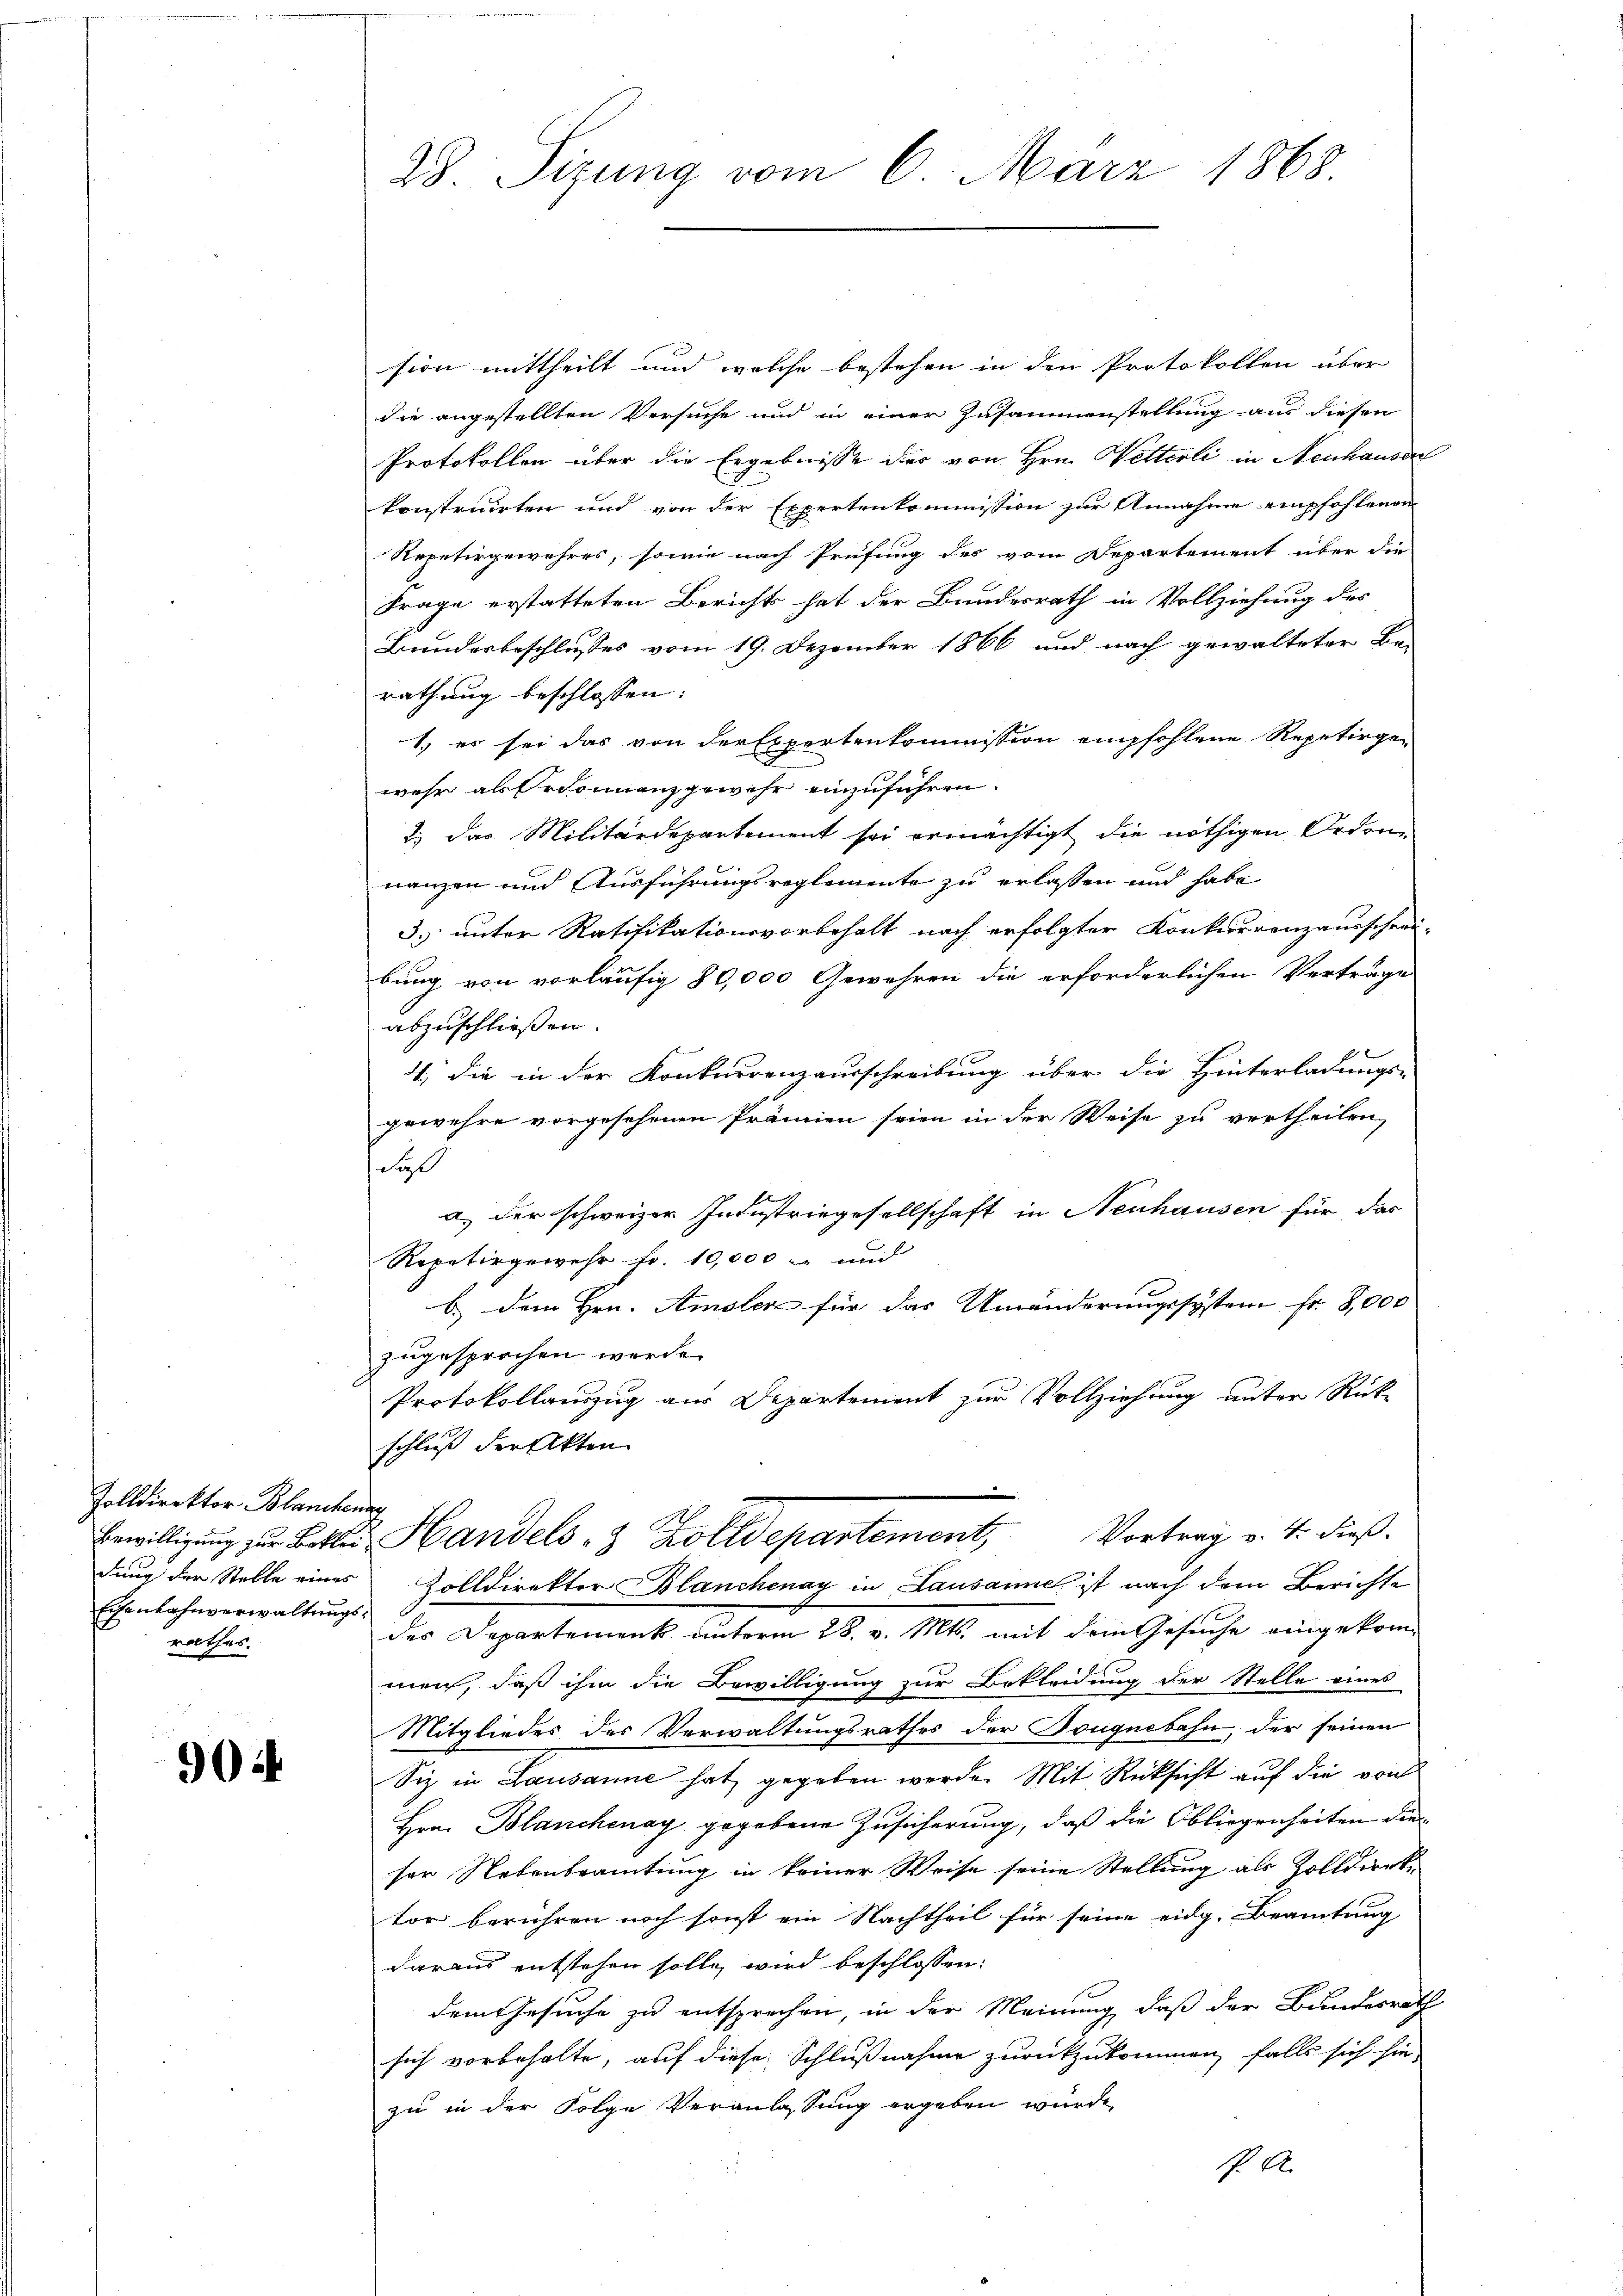
Zolldirektor Blanchenar
Eisenbahnverwaltungsrathes.

904

sion mittheilt und welche bestehen in den Protokollen über
die angestellten Versuche und in einer Zusammenstellung aus diesen
Protokollen über die Ergebnisse der von Hrn. Wetterli in Neuhausen
konstruirten und von der Expertenkommission zur Annahme empfohlenen
Repetirgewahres, sowie nach Prüfung des vom Departement über die
Frage erstatteten Berichts hat der Bundesrath in Vollziehung des
Bunderbeschlusses vom 19. Dezember 1866 und nach gewalteter Be-
rathung beschlossen:
1) es sei das von der Expertenkommission empfohlene Repetirge-
wehr als Erdonnenz gewehr einzuführen.
2.) Das Militärdepartement sei ermächtigt die nöthigen Ordonnanzen und Ausführungsreglemente zu erlassen und habe
3. unter Ratifikationsvorbehalt nach erfolgter Konkurrenzausschrei
bung von vorläufig 80,000 Gewehren die erforderlichen Verträge
abzuschließen.
4, die in der Konkurrenzausschreibung über die Hinterladungs-
gewehre vorgesehenen Prämien seien in der Weise zu vertheilen,
Su
a.) der schweizer Industriegesellschaft in Neuhausen für das
Repetirgewehr fr. 10,000 und
b.) Dem Hrn. Amsler für das Umänderungssystem fr. 8,000
zugesprochen werde.
Protokollanzug aus Departement zur Vollziehung unter Rück-
schließ der Akten
.
Bewilligung zur Better Handels & Zolldepartement, Vortrag v. 4. dieß.
dung der Stelle eines Zolldirektor Blanchenay in Lausanne ist nach dem Berichte
des Departement unterm 28. v. Mts. mit dem Gesuche eingekommen, daß ihm die Bewilligung zur Bekleidung der Stelle eines
Mitgliedes des Verwaltungsrathes der Bouquebahn, der seinen
Siz in Lausanne hat, gegeben werde. Mit Rücksicht auf die von
Hrn. Blanchenay gegebene Zusicherung, daß die Obliegenheiten die
ser Nebenbeamtung in keiner Weise seine Stellung als Zolldierktor berühren noch sonst ein Nachtheil für seine eidg. Beamtung
daraus entstehen solle wird beschlossen:
dem Gesuche zu entsprechen, in der Meinung, daß der Bundesrath
sich vorbehalte, auf diese Schlußnahme zurückzukommen, falls sich sie
zu in der Folge Veranlassung ergeben wurde
 A

28. Sizung vom 6. März 1868.

.